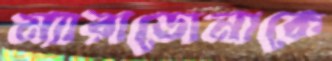
ম্যারাডোনাকে